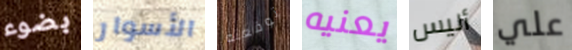
بضوء الأسوار توقعته يعنيه أليس علي